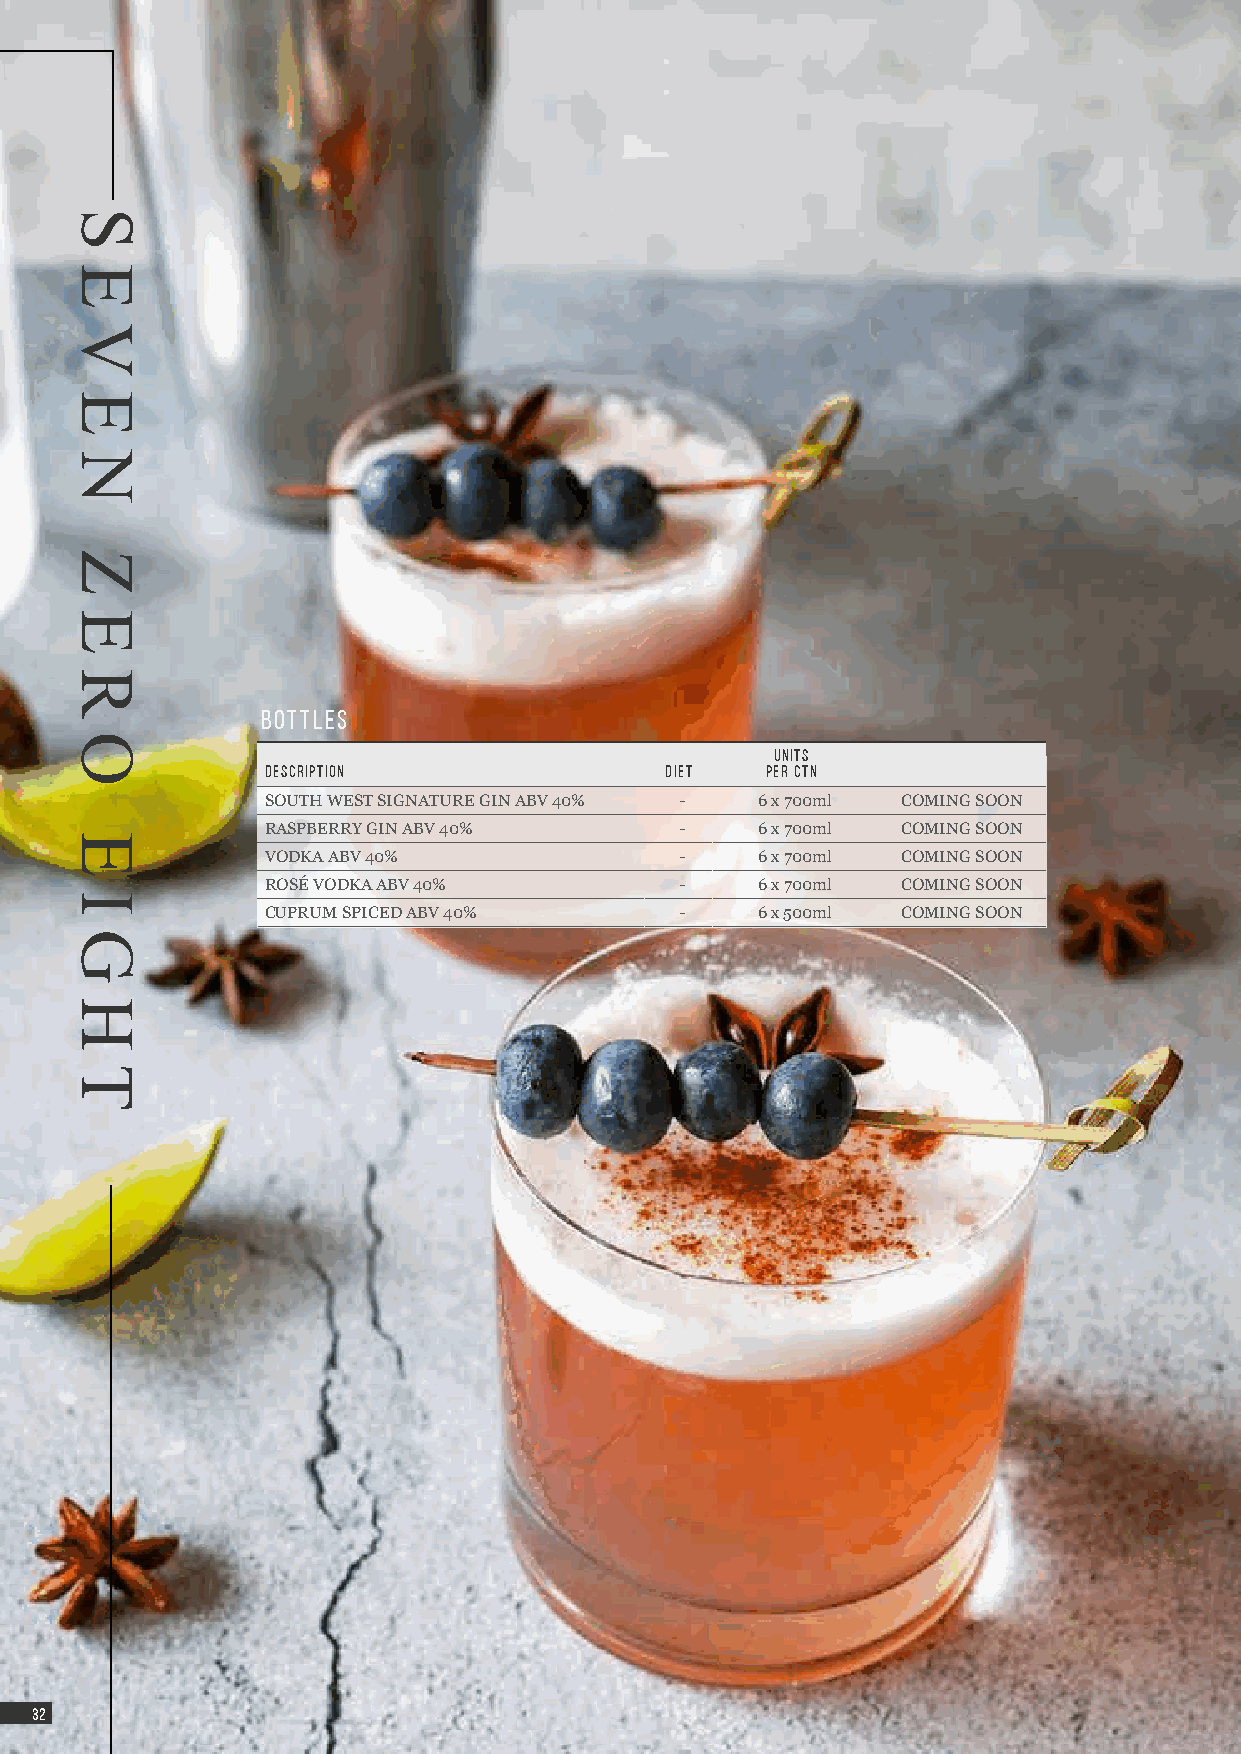
BOTTLEs
 UNITS
 DESCRIPTION               DIET   PER CTN
 SOUTH WEST SIGNATURE GIN ABV 40% - 6 x 700ml COMING SOON
 RASPBERRY GIN ABV 40%      -    6 x 700ml COMING SOON
 VODKA ABV 40%              -    6 x 700ml COMING SOON
 ROSÉ VODKA ABV 40%         -    6 x 700ml COMING SOON
 CUPRUM SPICED ABV 40%      -    6 x 500ml COMING SOON
 3322
 S
 E
 V
 E
 N
 Z
 E
 R
 O
 E
 I
 G
 H
 T